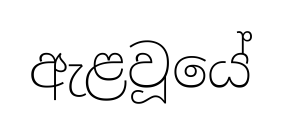
ඇළවූයේ